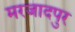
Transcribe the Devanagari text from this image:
मरजादपुर